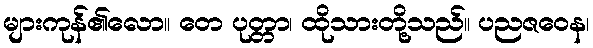
များကုန်၏လော။ တေ ပုတ္တာ၊ ထိုသားတို့သည်။ ပညဇဝေန၊